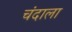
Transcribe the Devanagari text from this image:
चंदाला